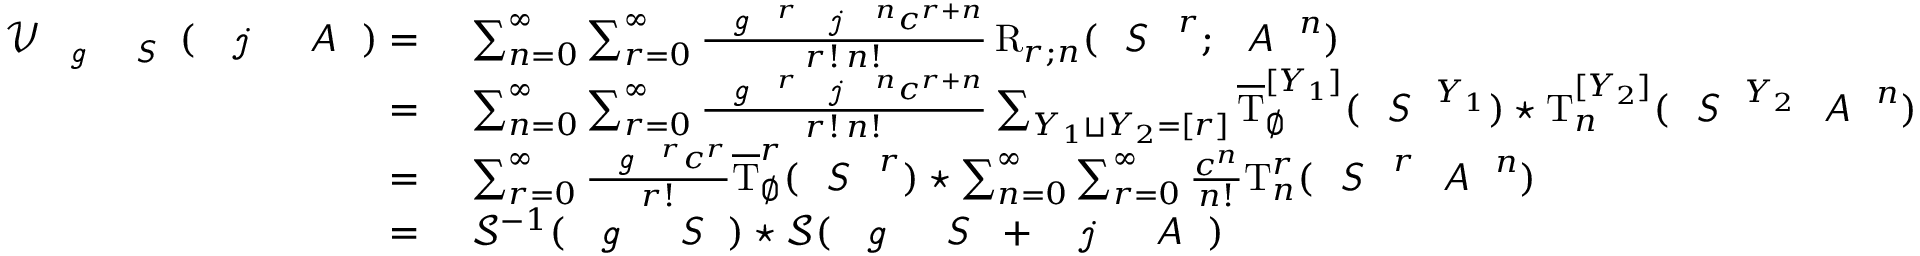
\begin{array} { r l } { \mathcal { V } _ { \emph { \texttt { g } } \emph { \textsf { S } } } ( \emph { \texttt { j } } \, \! \emph { \textsf { A } } ) = } & { \ \sum _ { n = 0 } ^ { \infty } \sum _ { r = 0 } ^ { \infty } \frac { \emph { \texttt { g } } ^ { r } \emph { \texttt { j } } \, ^ { n } c ^ { r + n } } { r ! \, n ! } \, \mathrm { R } _ { r ; n } ( \emph { \textsf { S } } ^ { \, r } ; \emph { \textsf { A } } ^ { n } ) } \\ { = } & { \ \sum _ { n = 0 } ^ { \infty } \sum _ { r = 0 } ^ { \infty } \frac { \emph { \texttt { g } } ^ { r } \emph { \texttt { j } } \, ^ { n } c ^ { r + n } } { r ! \, n ! } \sum _ { Y _ { 1 } \sqcup Y _ { 2 } = [ r ] } \overline { { \mathrm { T } } } _ { \emptyset } ^ { [ Y _ { 1 } ] } ( \emph { \textsf { S } } ^ { Y _ { 1 } } ) \star \mathrm { T } _ { n } ^ { [ Y _ { 2 } ] } ( \emph { \textsf { S } } ^ { Y _ { 2 } } \emph { \textsf { A } } ^ { n } ) } \\ { = } & { \ \sum _ { r = 0 } ^ { \infty } \frac { \emph { \texttt { g } } ^ { r } c ^ { r } } { r ! } \overline { { \mathrm { T } } } _ { \emptyset } ^ { r } ( \emph { \textsf { S } } ^ { \, r } ) \star \sum _ { n = 0 } ^ { \infty } \sum _ { r = 0 } ^ { \infty } \frac { c ^ { n } } { n ! } \mathrm { T } _ { n } ^ { r } ( \emph { \textsf { S } } ^ { \, r } \emph { \textsf { A } } ^ { n } ) } \\ { = } & { \ \mathcal { S } ^ { - 1 } ( \emph { \texttt { g } } \emph { \textsf { S } } ) \star \mathcal { S } ( \emph { \texttt { g } } \emph { \textsf { S } } + \emph { \texttt { j } } \, \! \emph { \textsf { A } } ) } \end{array}